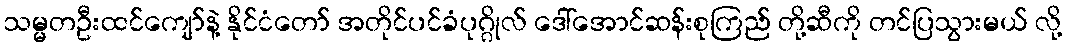
သမ္မတဦးထင်ကျော်နဲ့ နိုင်ငံတော် အတိုင်ပင်ခံပုဂ္ဂိုလ် ဒေါ်အောင်ဆန်းစုကြည် တို့ဆီကို တင်ပြသွားမယ် လို့